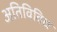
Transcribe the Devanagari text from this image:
अतिविविध